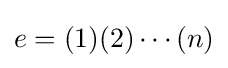
e=(1)(2)\cdots (n)